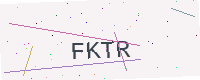
Text: FKTR